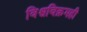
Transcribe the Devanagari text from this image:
विश्वविक्रमही